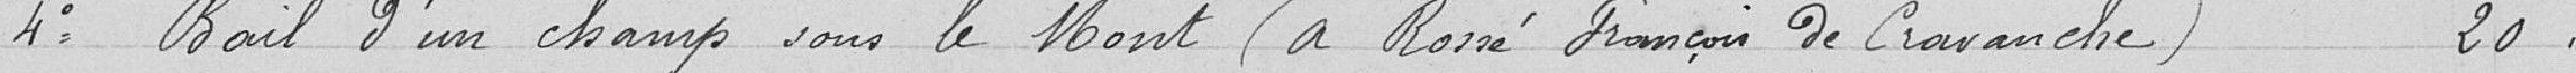
4° Bail d'un champ sous le Mont (à Rossé François de Cravanche)  20,00